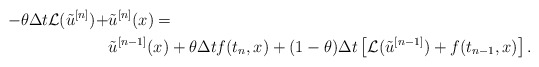
\begin{align*} - \theta \Delta t \mathcal{L}(\tilde{u}^{[n]}) + & \tilde{u}^{[n]} (x) = \\ & \tilde{u}^{[n-1]} (x) + \theta \Delta t f(t_n,x) + (1-\theta) \Delta t \left[ \mathcal{L}(\tilde{u}^{[n-1]}) + f(t_{n-1},x) \right].\end{align*}